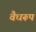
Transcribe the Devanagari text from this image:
वैधरूप